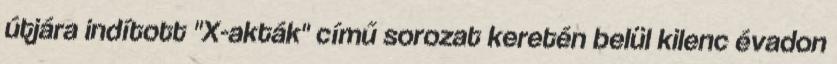
útjára indított "X-akták" című sorozat keretén belül kilenc évadon